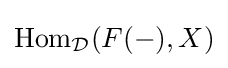
{\text{Hom}}_{\mathcal {D}}(F(-),X)